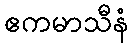
ဧကမာသီနံ